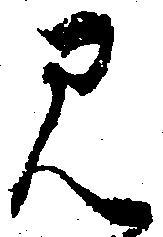
見